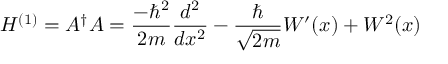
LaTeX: H ^ { ( 1 ) } = A ^ { \dagger } A = { \frac { - \hbar ^ { 2 } } { 2 m } } { \frac { d ^ { 2 } } { d x ^ { 2 } } } - { \frac { \hbar } { \sqrt { 2 m } } } W ^ { \prime } ( x ) + W ^ { 2 } ( x )